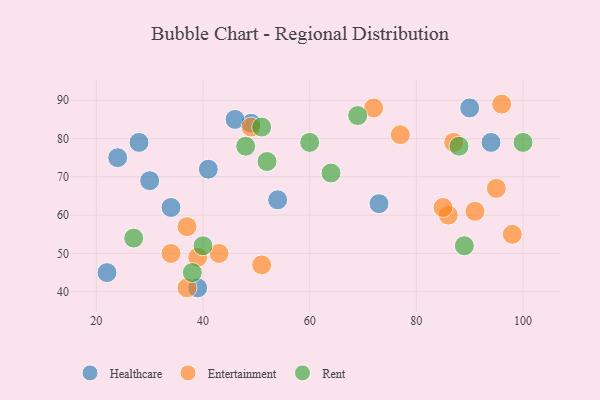
{"axis": {"x": "GDP", "y": "Life Expectancy"}, "legend": ["Entertainment", "Healthcare", "Rent"], "data": [{"x": "30", "y": 69, "type": "Healthcare"}, {"x": "49", "y": 84, "type": "Healthcare"}, {"x": "22", "y": 45, "type": "Healthcare"}, {"x": "39", "y": 41, "type": "Healthcare"}, {"x": "73", "y": 63, "type": "Healthcare"}, {"x": "34", "y": 62, "type": "Healthcare"}, {"x": "41", "y": 72, "type": "Healthcare"}, {"x": "46", "y": 85, "type": "Healthcare"}, {"x": "24", "y": 75, "type": "Healthcare"}, {"x": "90", "y": 88, "type": "Healthcare"}, {"x": "94", "y": 79, "type": "Healthcare"}, {"x": "28", "y": 79, "type": "Healthcare"}, {"x": "54", "y": 64, "type": "Healthcare"}, {"x": "43", "y": 50, "type": "Entertainment"}, {"x": "86", "y": 60, "type": "Entertainment"}, {"x": "49", "y": 83, "type": "Entertainment"}, {"x": "37", "y": 57, "type": "Entertainment"}, {"x": "95", "y": 67, "type": "Entertainment"}, {"x": "91", "y": 61, "type": "Entertainment"}, {"x": "85", "y": 62, "type": "Entertainment"}, {"x": "72", "y": 88, "type": "Entertainment"}, {"x": "98", "y": 55, "type": "Entertainment"}, {"x": "39", "y": 49, "type": "Entertainment"}, {"x": "77", "y": 81, "type": "Entertainment"}, {"x": "37", "y": 41, "type": "Entertainment"}, {"x": "87", "y": 79, "type": "Entertainment"}, {"x": "51", "y": 47, "type": "Entertainment"}, {"x": "96", "y": 89, "type": "Entertainment"}, {"x": "34", "y": 50, "type": "Entertainment"}, {"x": "51", "y": 83, "type": "Rent"}, {"x": "60", "y": 79, "type": "Rent"}, {"x": "100", "y": 79, "type": "Rent"}, {"x": "40", "y": 52, "type": "Rent"}, {"x": "89", "y": 52, "type": "Rent"}, {"x": "48", "y": 78, "type": "Rent"}, {"x": "64", "y": 71, "type": "Rent"}, {"x": "69", "y": 86, "type": "Rent"}, {"x": "88", "y": 78, "type": "Rent"}, {"x": "52", "y": 74, "type": "Rent"}, {"x": "27", "y": 54, "type": "Rent"}, {"x": "38", "y": 45, "type": "Rent"}]}